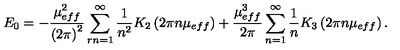
E _ { 0 } = - \frac { \mu _ { e f f } ^ { 2 } } { \left( 2 \pi \right) ^ { 2 } } \sum _ { r n = 1 } ^ { \infty } \frac { 1 } { n ^ { 2 } } K _ { 2 } \left( 2 \pi n \mu _ { e f f } \right) + \frac { \mu _ { e f f } ^ { 3 } } { 2 \pi } \sum _ { n = 1 } ^ { \infty } \frac { 1 } { n } K _ { 3 } \left( 2 \pi n \mu _ { e f f } \right) .